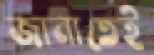
জানাতেই